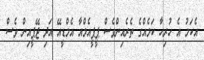
އެކަމު އެ ހުރިހާ ކަމެއްގެ ތެރެއިންވެސް ޕީޕީއެމްއާ އެމްޑީއޭ އަދި ޖޭޕީއިން ވެސް